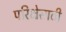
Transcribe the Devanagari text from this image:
परिक्षेसाठी